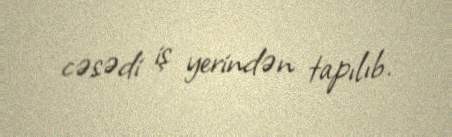
cəsədi iş yerindən tapılıb.